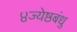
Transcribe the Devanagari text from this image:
४ज्येष्ठबंधु